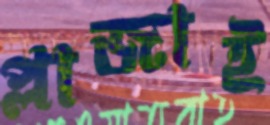
প্লাজাই